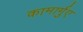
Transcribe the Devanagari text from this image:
कामार्गुए